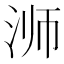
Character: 浉